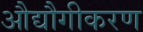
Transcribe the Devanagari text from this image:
औद्यौगीकरण